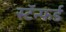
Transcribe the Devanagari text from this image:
स्टॅन्फर्ड